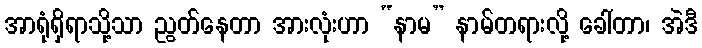
အာရုံရှိရာသို့သာ ညွတ်နေတာ အားလုံးဟာ “နာမ” နာမ်တရားလို့ ခေါ်တာ၊ အဲဒီ